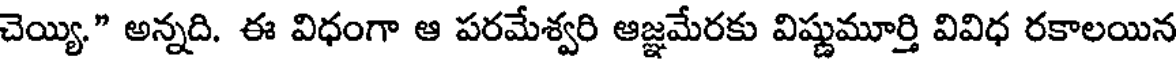
చెయ్యి." అన్నది. ఈ విధంగా ఆ పరమేశ్వరి ఆజ్ఞమేరకు విష్ణుమూర్తి వివిధ రకాలయిన